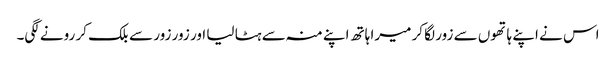
اس نے اپنے ہاتھوں سے زور لگا کر میرا ہاتھ اپنے منہ سے ہٹا لیا اور زور زور سے بلک کر رونے لگی۔